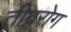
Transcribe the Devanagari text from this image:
तीव्ररोग